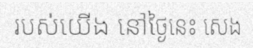
របស់យើង នៅថ្ងៃនេះ សេង